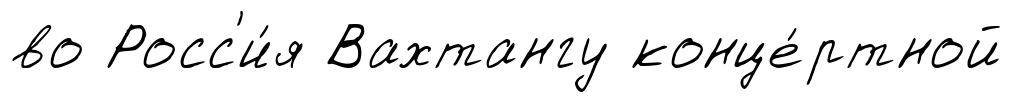
во Росс'и́я Вахтангу конце́ртной